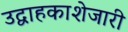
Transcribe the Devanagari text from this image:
उद्वाहकाशेजारी